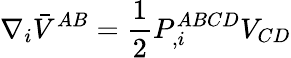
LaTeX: \nabla_{i}\bar{V}^{AB}={\frac{1}{2}}P_{,i}^{ABCD}V_{CD}